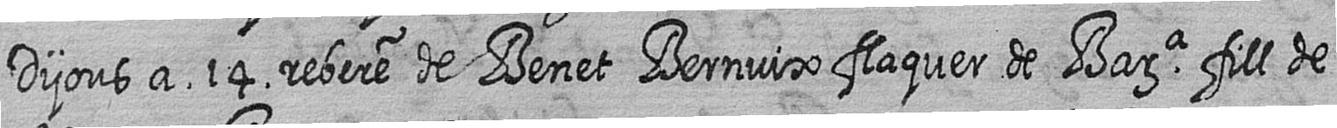
Dijous a 14 rebere de Benet Bernuix flaquer de Bara fill de